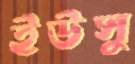
ইউসু